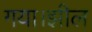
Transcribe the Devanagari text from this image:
गया।झील